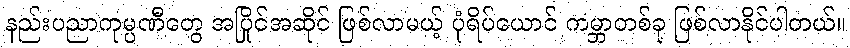
နည်းပညာကုမ္ပဏီတွေ အပြိုင်အဆိုင် ဖြစ်လာမယ့် ပုံရိပ်ယောင် ကမ္ဘာတစ်ခု ဖြစ်လာနိုင်ပါတယ်။